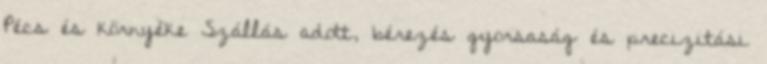
Pécs és környéke Szállás adott, bérezés gyorsaság és precizitási